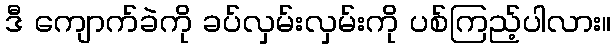
ဒီ ကျောက်ခဲကို ခပ်လှမ်းလှမ်းကို ပစ်ကြည့်ပါလား။